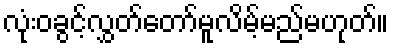
လုံးဝခွင့်လွှတ်တော်မူလိမ့်မည်မဟုတ်။